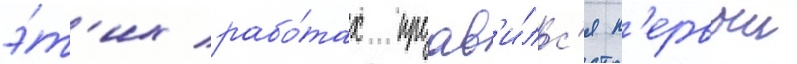
э́т'их рабо́тах проав'и́лс'я п'ервыи